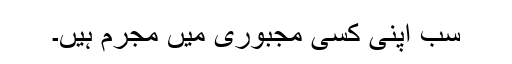
سب اپنی کسی مجبوری میں مجرم ہیں۔